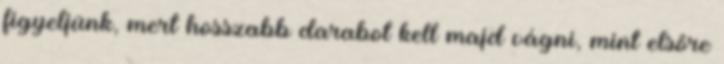
figyeljünk, mert hosszabb darabot kell majd vágni, mint elsőre